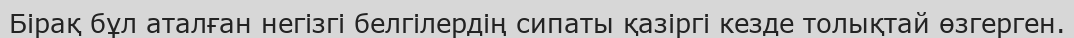
Бірақ бұл аталған негізгі белгілердің сипаты қазіргі кезде толықтай өзгерген.